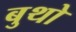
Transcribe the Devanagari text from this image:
बुथो